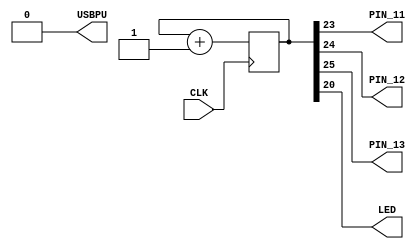
module SimpleCounter (
  output USBPU,
  input CLK,
  output PIN_11,
  output PIN_12,
  output PIN_13,
  output LED
);
  assign USBPU = 0;
  reg [25:0] counter;
  always @(posedge CLK) counter <= counter + 1;

  assign LED = counter[20];
  assign PIN_11 = counter[23];
  assign PIN_12 = counter[24];
  assign PIN_13 = counter[25];

endmodule